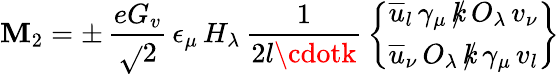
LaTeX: {\cal\mathbf{M}}_{2}=\pm\, \frac{{eG_{v}}}{{\sqrt{}{2}}}\, \epsilon_{\mu}\, H_{\lambda}\, \frac{{1}}{{2l\cdotk}}\, {{\overline{{{u}}}}_{l}\, \gamma_{\mu}\, {\rlap/k}\, O_{\lambda}\, v_{\nu}\brace{\overline{{{u}}}}_{\nu}\, O_{\lambda}\, {\rlap/k}\, \gamma_{\mu}\, v_{l}}